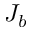
J _ { b }